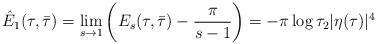
LaTeX: \begin{align*}\hat E_1(\tau,\bar\tau) = \lim_{s\rightarrow 1} \left(E_s(\tau,\bar\tau) - \frac{\pi}{s-1} \right)=-\pi \log \tau_2 |\eta(\tau)|^4\end{align*}